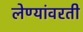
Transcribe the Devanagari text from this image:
लेण्यांवरती